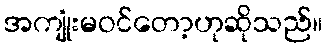
အကျုံးမဝင်တော့ဟုဆိုသည်။